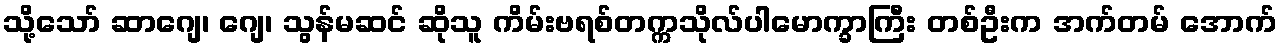
သို့သော် ဆာဂျေ၊ ဂျေ၊ သွန်မဆင် ဆိုသူ ကိမ်းဗရစ်တက္ကသိုလ်ပါမောက္ခာကြီး တစ်ဦးက အက်တမ် အောက်